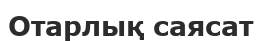
Отарлық саясат